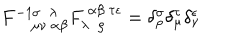
LaTeX: F _ { ~ \mu \nu ~ \alpha \beta } ^ { - 1 \sigma ~ ~ \lambda } F _ { \lambda ~ ~ \rho } ^ { ~ \alpha \beta ~ \tau \epsilon } = \delta _ { \rho } ^ { \sigma } \delta _ { \mu } ^ { \tau } \delta _ { \nu } ^ { \epsilon }